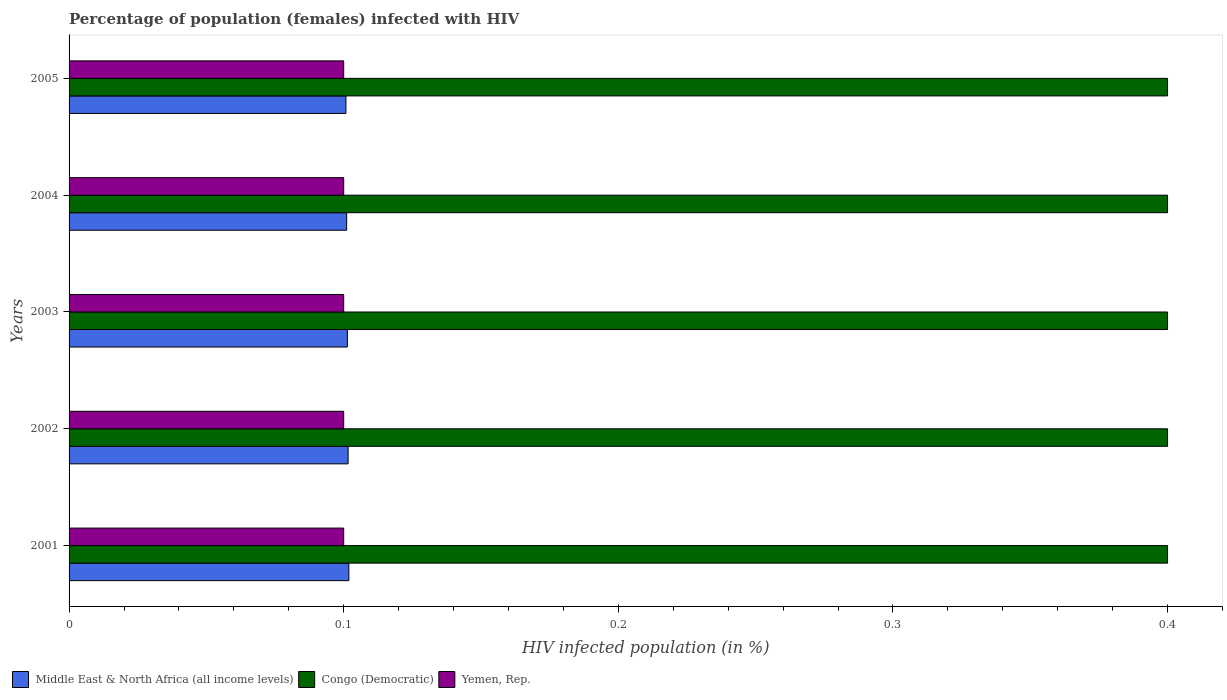
| Years | Middle East & North Africa (all income levels) | Congo (Democratic) | Yemen, Rep. |
 | --- | --- | --- | --- |
 | 2001 | 0.102 | 0.4 | 0.1 |
 | 2002 | 0.102 | 0.4 | 0.1 |
 | 2003 | 0.101 | 0.4 | 0.1 |
 | 2004 | 0.101 | 0.4 | 0.1 |
 | 2005 | 0.101 | 0.4 | 0.1 |